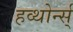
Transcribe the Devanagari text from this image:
हव्थोर्न्स्